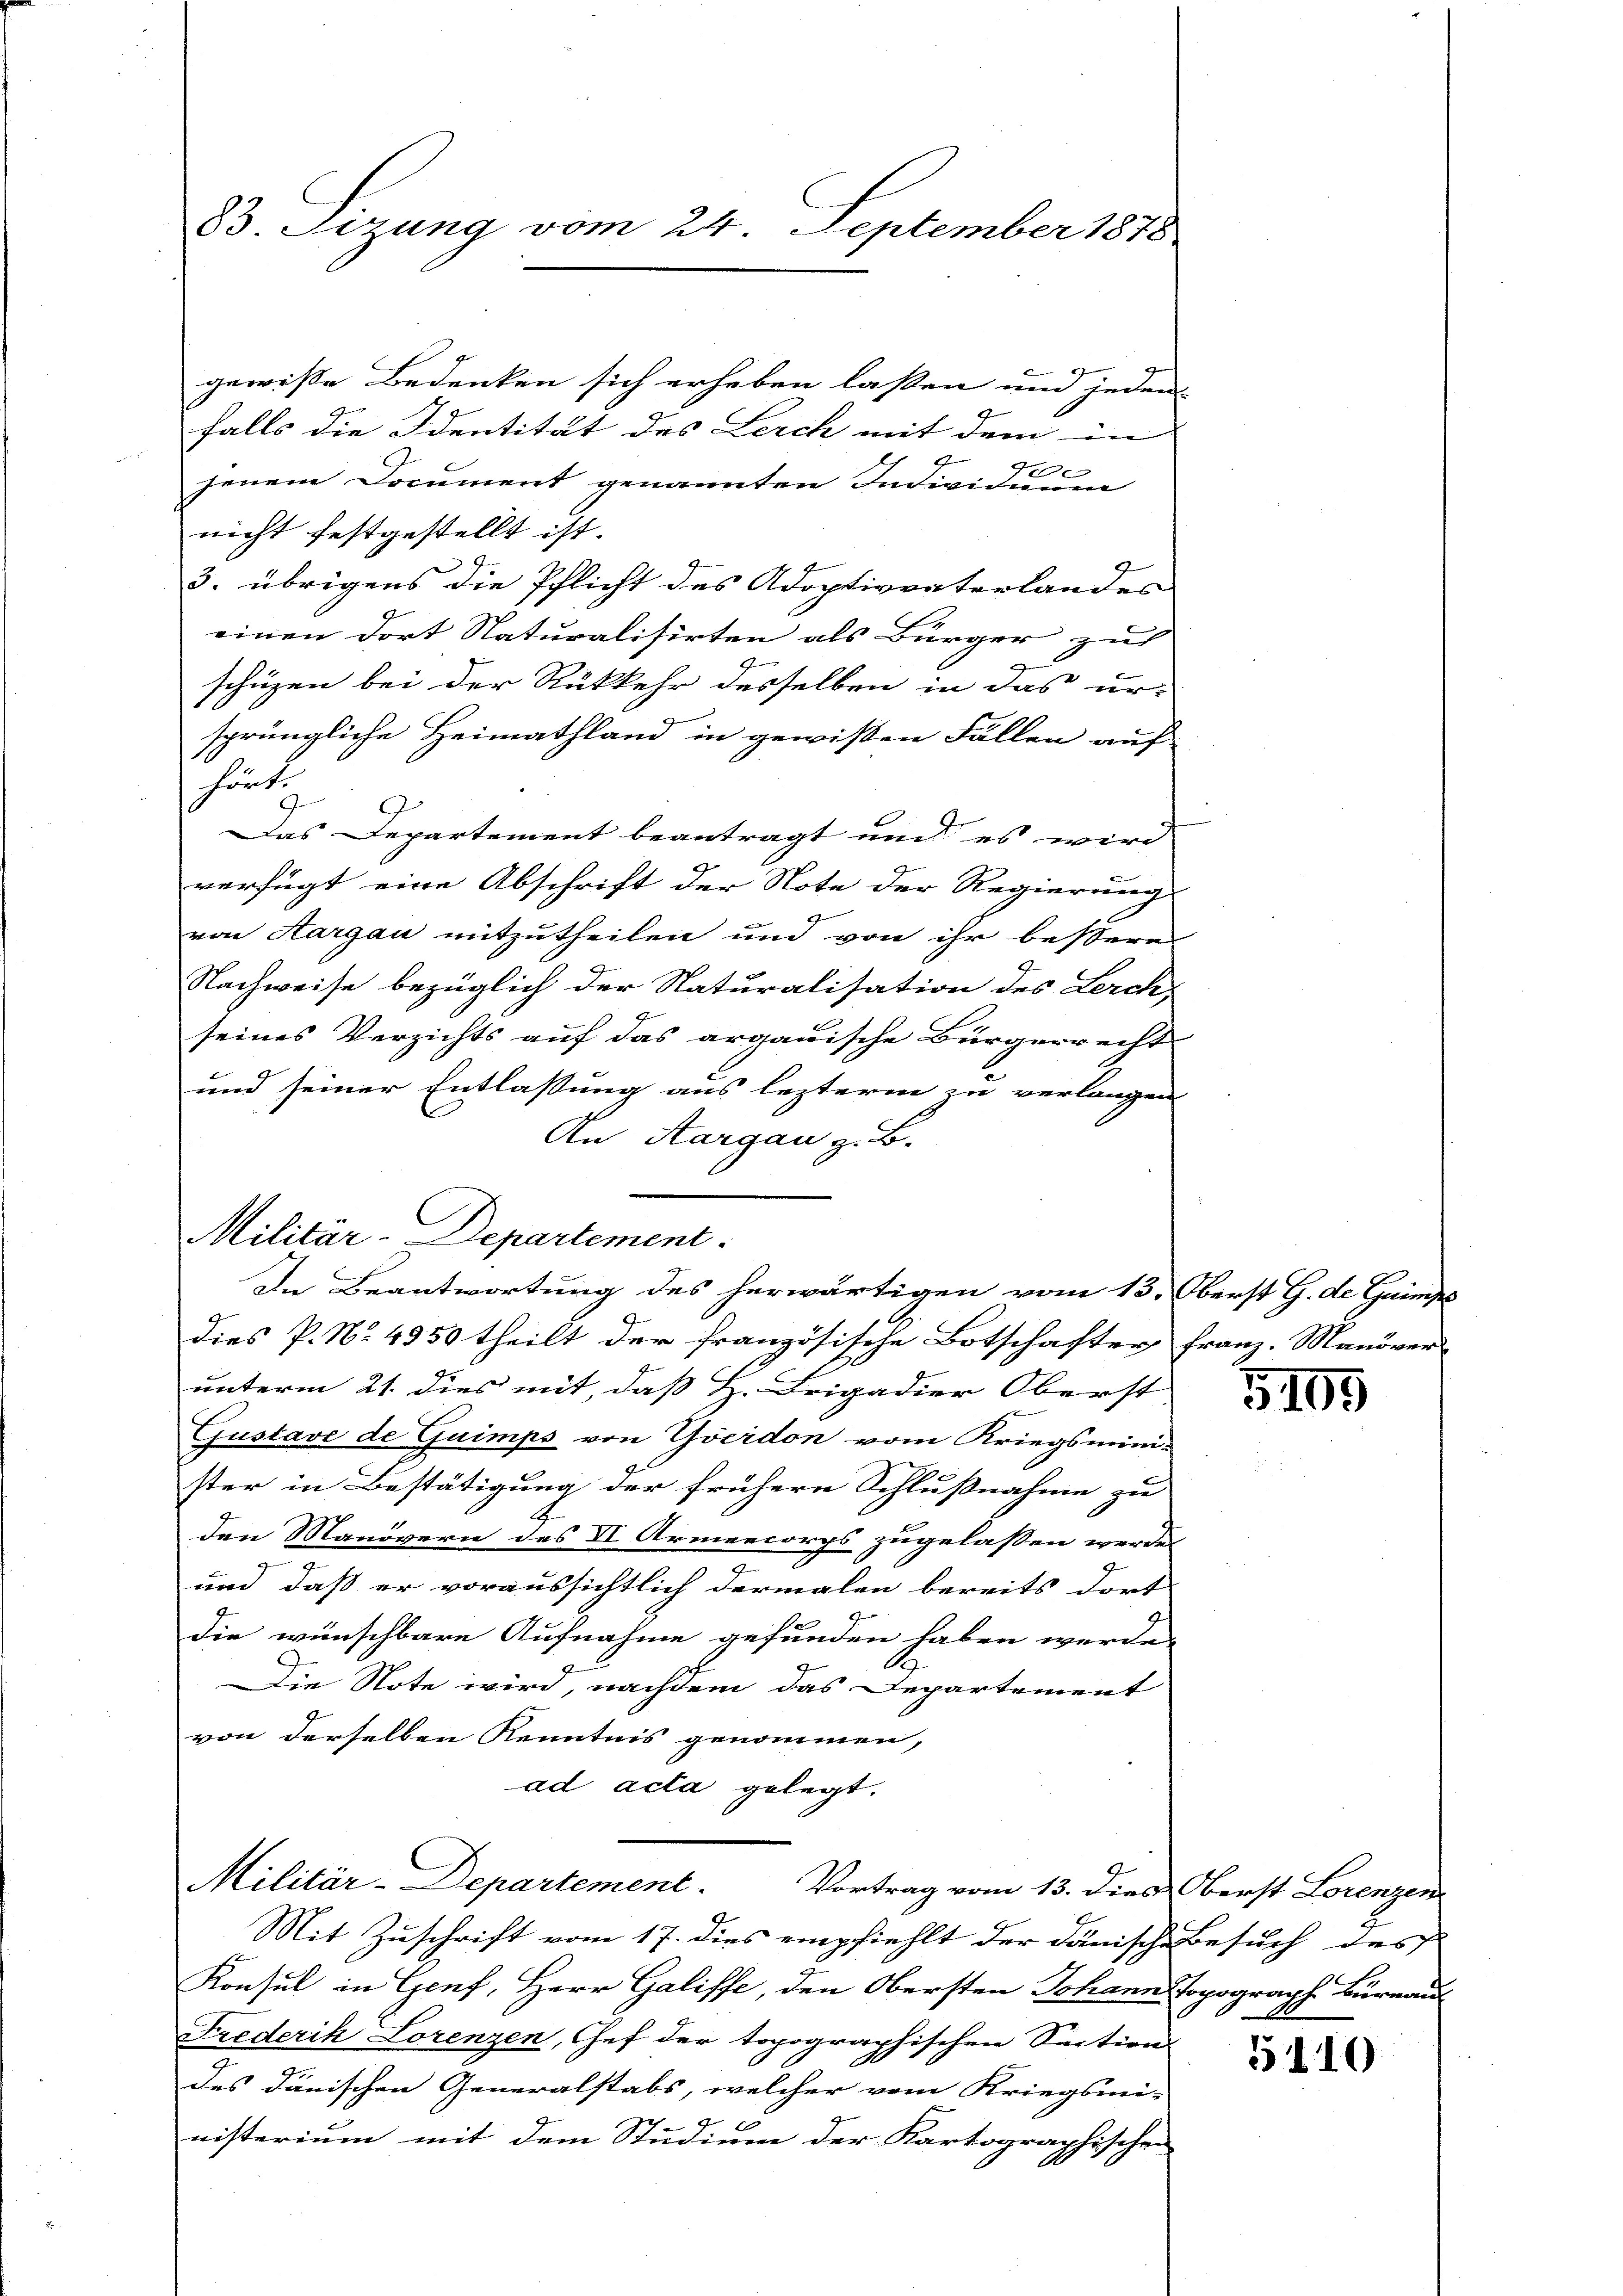
83. Sizung vom 24. September 1878

Militär-Departement.

gewiße Bedenken sich erheben laßen und jeden
falls die Identität des Lerch mit dem in |
xx
jenem Document genannten Individuum
nicht festgestellt ist.
3. übrigens die Pflicht des Adoptivvaterlandes
einen dort Naturalisirten als Bürger zu
schüzen bei der Rükkehr desselben in das ur-
sprüngliche Heimathland in gewissen Fällen auf
hört.
Das Departement beantragt und es wird
verfügt eine Abschrift der Note der Regierung
von Aargau mitzutheilen und von ihr bessere
Nachweise bezüglich der Naturalisation des Lerch,
seines Verzichts auf das argauische Bürgerrecht
und seiner Entlassung aus lezterm zu verlangen
An Aargau z. B.
In Beantwortung des herwärtigen vom 13. Oberst G. de Guimp
dies P. No. 4350 theilt der französische Botschafter, Franz. Manöver-
unterm 21. dies mit, daß H. Trigadier Oberst
Gustave de Guimps von Goerdon vom Kriegsmini-
ster in Bestätigung der frühern Schlußnahme zu
den Manövern des VI Armeecorps zugelassen werde
2
und, daß er voraussichtlich dermalen bereits dort
die wünschbare Aufnahme gefunden haben werde.
Die Note wird, nachdem das Departement
von derselben Kenntnis genommen,
ad acta gelegt.
Militär-Departement.
Vortrag vom 13. dies Oberst Lorenzen
Mit Zuschrift vom 17. dies empfiehlt der dänische Besuch des
Konsul in Genf, Herr Galiffe, den Obersten Johann Topograph Burnaus
Friederik Lorenzen, Gef der topographischen Section
des dänischen Generalstabs, welcher vom Kriegsmi-
nisterium mit dem Studium der Kartographischen

5109

5110